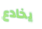
يخادع